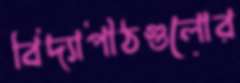
বিদ্যাপীঠগুলোর